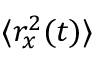
\langle r _ { x } ^ { 2 } ( t ) \rangle